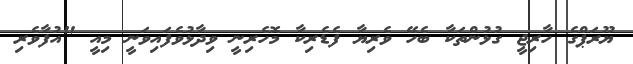
ޔޫރަޕްގެ ހާރިޖީ ގުޅުންތަކާ ބެހޭ ވެރިޔާ ފެޑެރިކާ މޮހެރިނީ ވިދާޅުވެފައިވަނީ މިއީ "އުފާވެރި